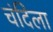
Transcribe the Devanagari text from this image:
चंदिला